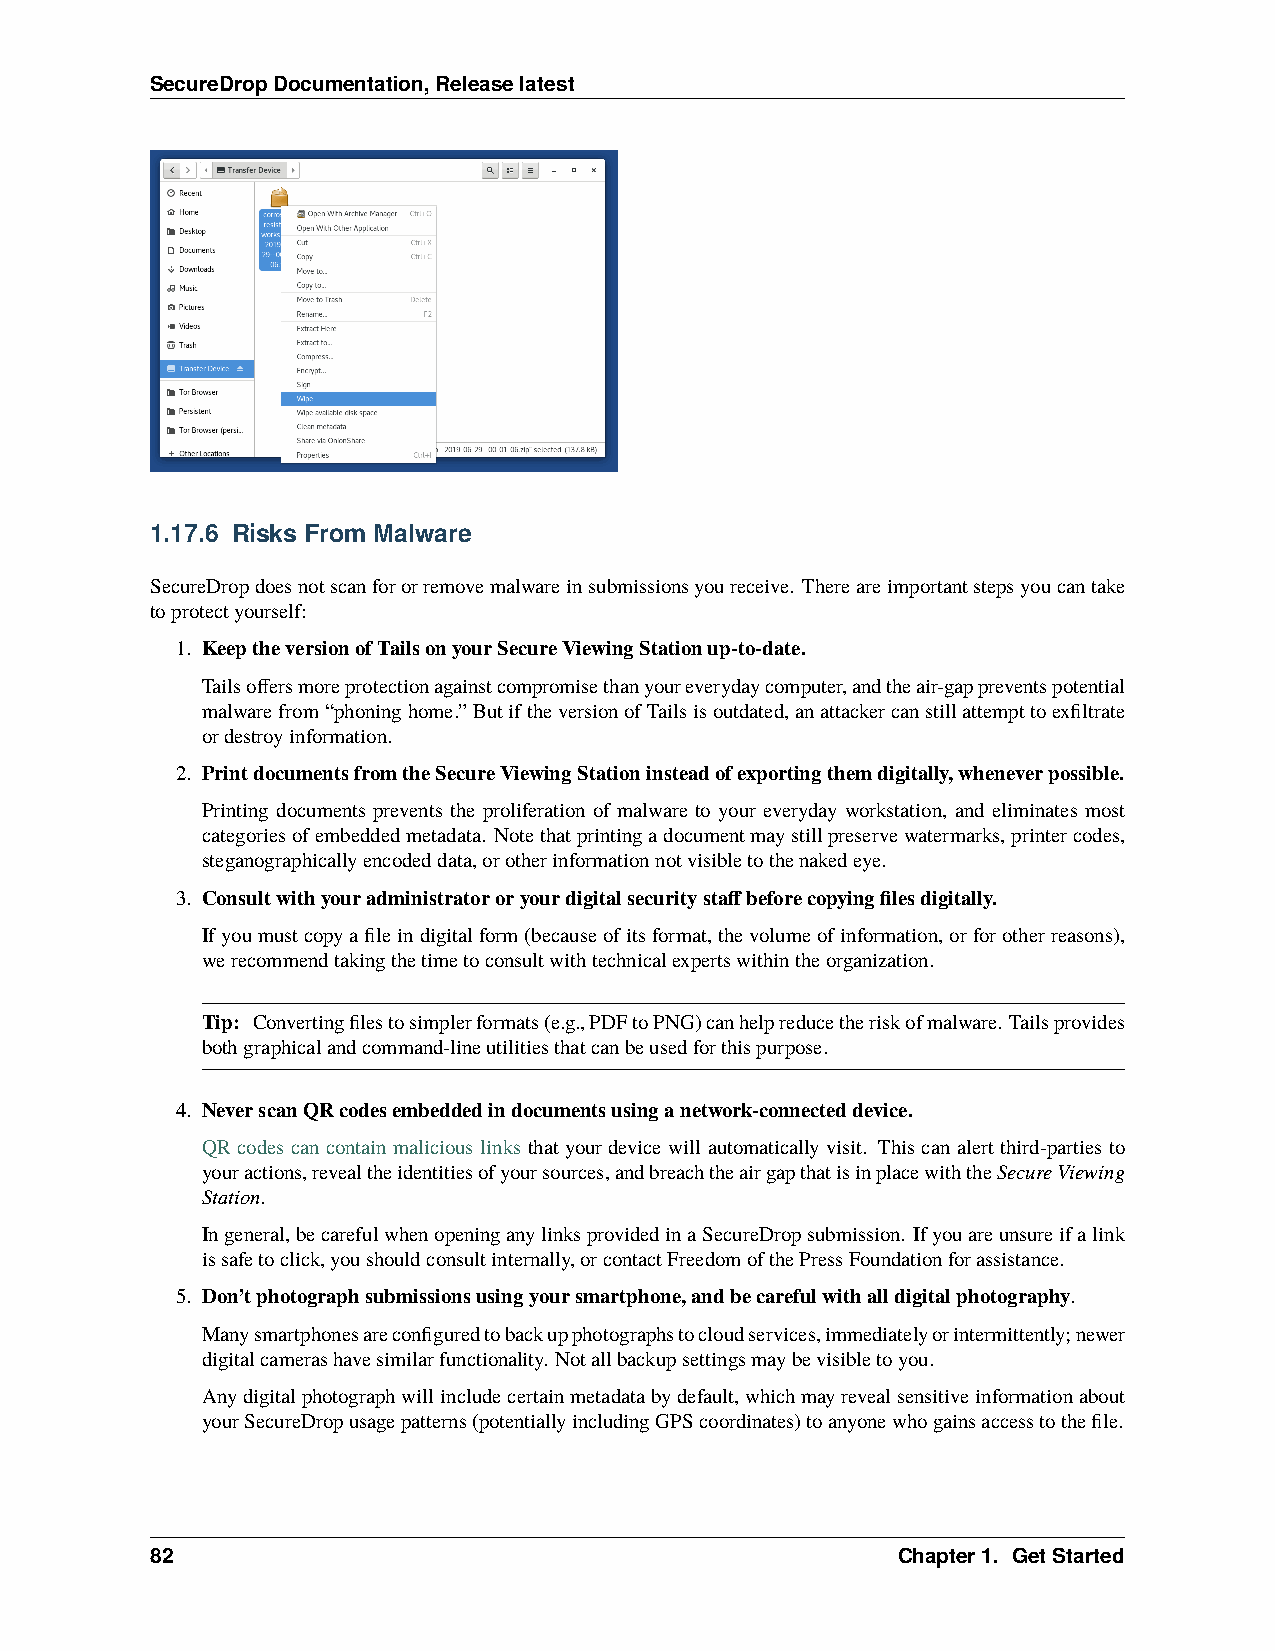
SecureDropDocumentation,Releaselatest
 1.17.6 Risks From Malware
 SecureDropdoesnotscanfororremovemalwareinsubmissionsyoureceive. Thereareimportantstepsyoucantake
 toprotectyourself:
 1. KeeptheversionofTailsonyourSecureViewingStationup-to-date.
 Tailsoffersmoreprotectionagainstcompromisethanyoureverydaycomputer,andtheair-gappreventspotential
 malwarefrom“phoninghome.”ButiftheversionofTailsisoutdated,anattackercanstillattempttoexfiltrate
 ordestroyinformation.
 2. PrintdocumentsfromtheSecureViewingStationinsteadofexportingthemdigitally,wheneverpossible.
 Printing documents prevents the proliferation of malware to your everyday workstation, and eliminates most
 categoriesofembeddedmetadata. Notethatprintingadocumentmaystillpreservewatermarks,printercodes,
 steganographicallyencodeddata,orotherinformationnotvisibletothenakedeye.
 3. Consultwithyouradministratororyourdigitalsecuritystaffbeforecopyingfilesdigitally.
 Ifyoumustcopyafileindigitalform(becauseofitsformat,thevolumeofinformation,orforotherreasons),
 werecommendtakingthetimetoconsultwithtechnicalexpertswithintheorganization.
 Tip: Convertingfilestosimplerformats(e.g.,PDFtoPNG)canhelpreducetheriskofmalware. Tailsprovides
 bothgraphicalandcommand-lineutilitiesthatcanbeusedforthispurpose.
 4. NeverscanQRcodesembeddedindocumentsusinganetwork-connecteddevice.
 QR codes can contain malicious links that your device will automatically visit. This can alert third-parties to
 youractions,revealtheidentitiesofyoursources,andbreachtheairgapthatisinplacewiththeSecureViewing
 Station.
 Ingeneral,becarefulwhenopeninganylinksprovidedinaSecureDropsubmission. Ifyouareunsureifalink
 issafetoclick,youshouldconsultinternally,orcontactFreedomofthePressFoundationforassistance.
 5. Don’tphotographsubmissionsusingyoursmartphone,andbecarefulwithalldigitalphotography.
 Manysmartphonesareconfiguredtobackupphotographstocloudservices,immediatelyorintermittently;newer
 digitalcamerashavesimilarfunctionality. Notallbackupsettingsmaybevisibletoyou.
 Anydigitalphotographwillincludecertainmetadatabydefault,whichmayrevealsensitiveinformationabout
 yourSecureDropusagepatterns(potentiallyincludingGPScoordinates)toanyonewhogainsaccesstothefile.
 82                                               Chapter1. GetStarted